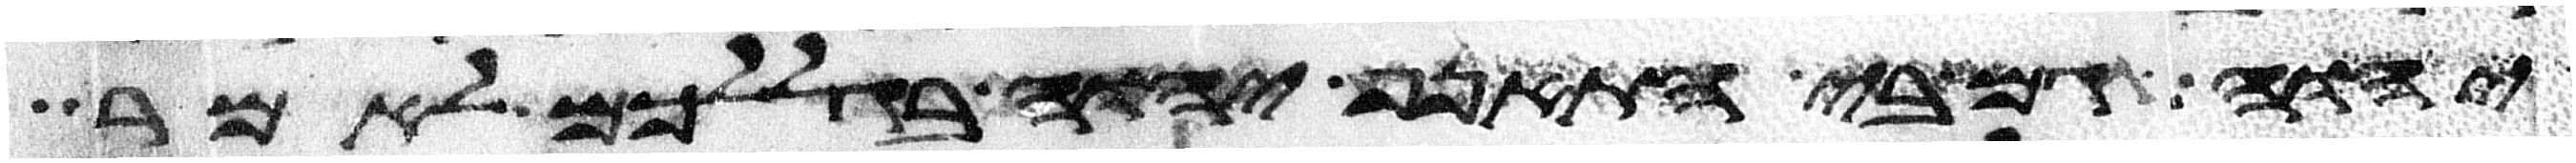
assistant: יהוה גם בי התאנף יהוה בגללכם לאמר